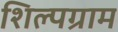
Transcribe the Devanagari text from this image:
शिल्‍पग्राम